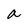
Character: a